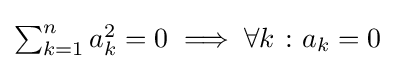
\textstyle \sum _{k=1}^{n}a_{k}^{2}=0\;\Longrightarrow \;\forall k\;\colon a_{k}=0